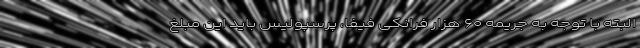
البته با توجه به جریمه ۶۰ هزار فرانکی فیفا، پرسپولیس باید این مبلغ